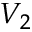
V _ { 2 }